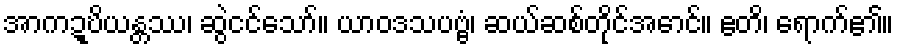
အာကဍ္ဎိယန္တဿ၊ ဆွဲငင်သော်။ ယာဝဒသပဗ္ဗံ၊ ဆယ်ဆစ်တိုင်အောင်။ ဧတိ၊ ရောက်၏။